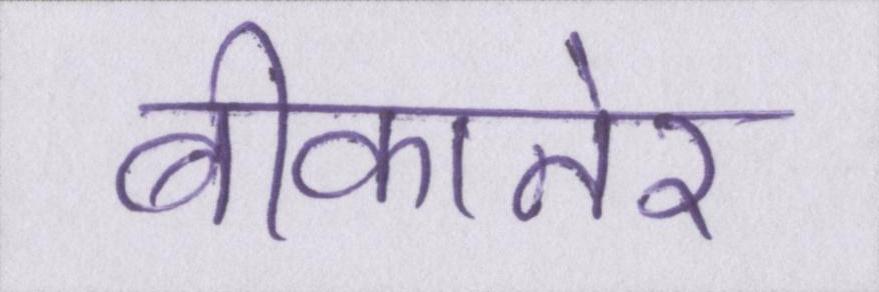
बीकानेर